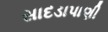
સાદડાપાણી